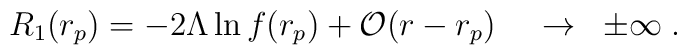
R_1 (r_p) = - 2 \Lambda \ln f (r_p) + {\cal O} (r - r_p)\; \; \; \;  \to \; \; \pm \infty \; .